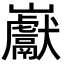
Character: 巚